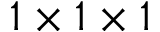
1 \times 1 \times 1